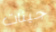
جينات